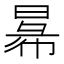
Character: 𢑢